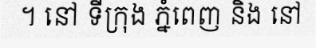
។ នៅ ទីក្រុង ភ្នំពេញ និង នៅ